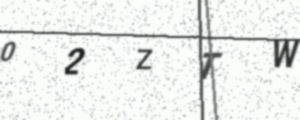
Text: 02ZTW